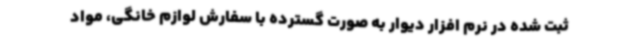
ثبت شده در نرم افزار دیوار به صورت گسترده با سفارش لوازم خانگی، مواد